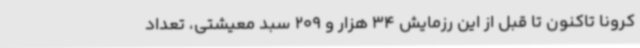
کرونا تاکنون تا قبل از این رزمایش 34 هزار و 209 سبد معیشتی، تعداد